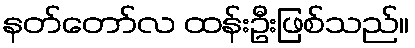
နတ်တော်လ ထန်းဦးဖြစ်သည်။